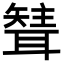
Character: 𦗊